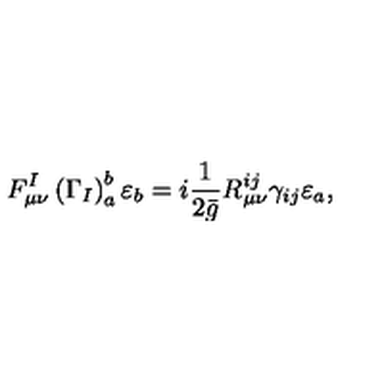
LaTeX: F _ { \mu \nu } ^ { I } \left( \Gamma _ { I } \right) _ { a } ^ { b } \varepsilon _ { b } = i \frac { 1 } { 2 \bar { g } } R _ { \mu \nu } ^ { i j } \gamma _ { i j } \varepsilon _ { a } ,